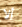
ألا